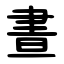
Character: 晝